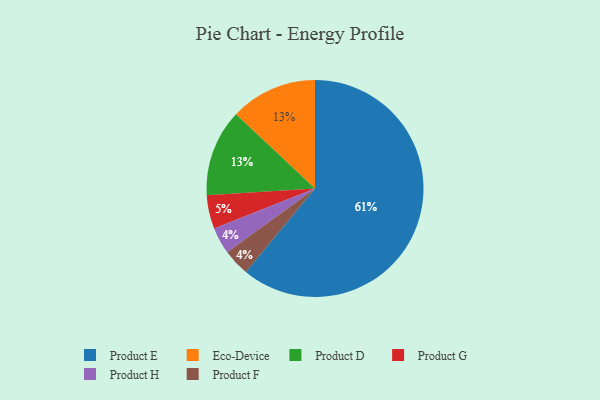
{"axis": {"x": "Category", "y": "Percentage"}, "legend": ["Eco-Device", "Product D", "Product E", "Product F", "Product G", "Product H"], "data": [{"x": "Product E", "y": 61, "type": "Product E"}, {"x": "Eco-Device", "y": 13, "type": "Eco-Device"}, {"x": "Product D", "y": 13, "type": "Product D"}, {"x": "Product H", "y": 4, "type": "Product H"}, {"x": "Product G", "y": 5, "type": "Product G"}, {"x": "Product F", "y": 4, "type": "Product F"}]}